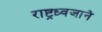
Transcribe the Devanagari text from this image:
राष्ट्रध्वजाने